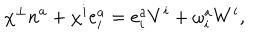
\chi ^ { \perp } n ^ { a } + \chi ^ { i } e _ { i } ^ { a } = e _ { i } ^ { a } V ^ { i } + \omega _ { i } ^ { a } W ^ { i } ,